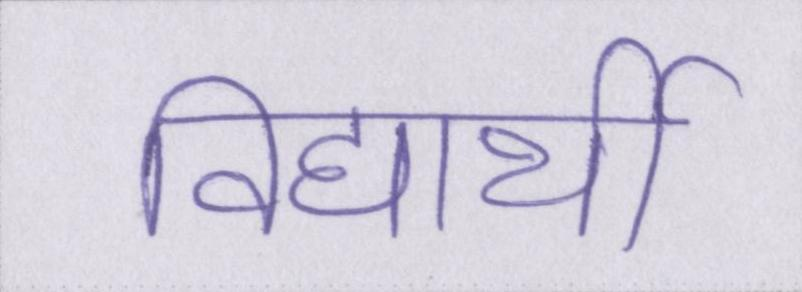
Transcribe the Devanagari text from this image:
विद्यार्थी